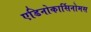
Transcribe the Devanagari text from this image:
एडिनोकार्सिनोमस